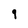
Character: 9